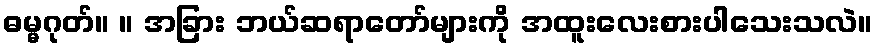
ဓမ္မဂုတ်။ ။ အခြား ဘယ်ဆရာတော်များကို အထူးလေးစားပါသေးသလဲ။